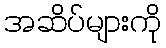
အဆိပ်များကို